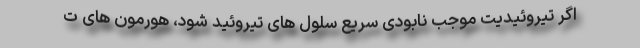
اگر تیروئیدیت موجب نابودی سریع سلول های تیروئید شود، هورمون های ت